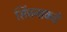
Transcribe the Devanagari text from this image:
सिंचनाकडे